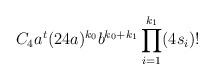
LaTeX: \begin{align*} C_4 a^t (24 a)^{k_0} b^{k_0 + k_1} \prod\limits_{i=1}^{k_1} (4s_i)!\end{align*}